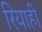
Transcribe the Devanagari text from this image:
रियाही